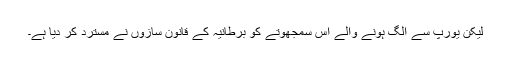
لیکن یورپ سے الگ ہونے والے اس سمجھوتے کو برطانیہ کے قانون سازوں نے مسترد کر دیا ہے۔